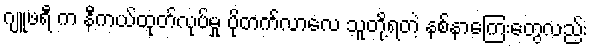
ဂျူဖရီ က နီကယ်ထုတ်လုပ်မှု ပိုတက်လာလေ သူတို့ရတဲ့ နစ်နာကြေးတွေလည်း